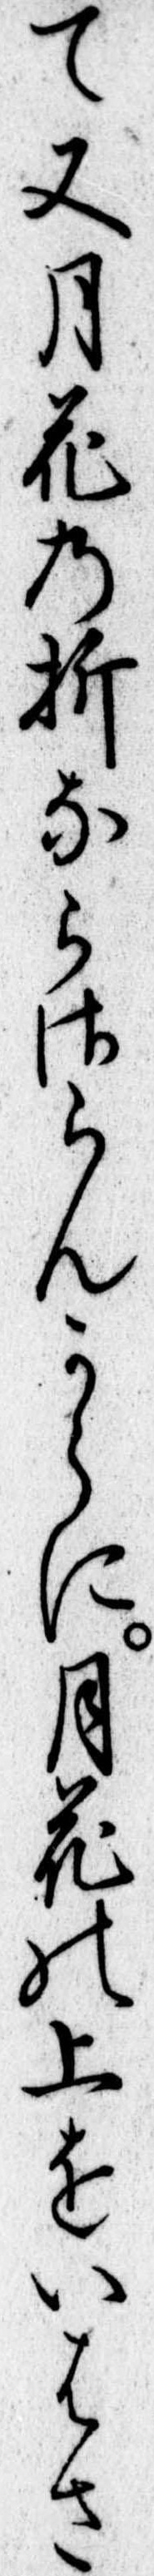
て又月花の折ならさらんからに月花の上をいはさ